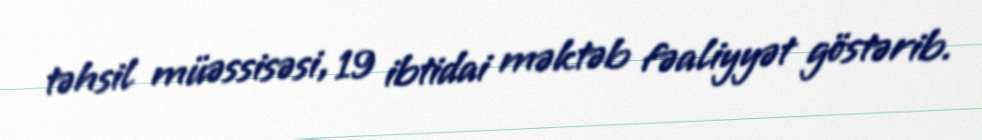
təhsil müəssisəsi, 19 ibtidai məktəb fəaliyyət göstərib.